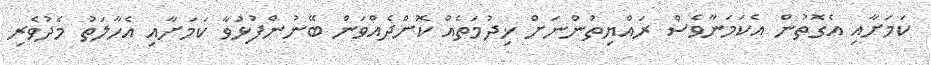
ކަމަށާއި އެގޮތުން އެކަމަނާވެސް ރައްޔިތުންނަށް ޚިދުމަތެއް ކޮށްދެއްވަން ބޭނުންފުޅުވާ ކަމަށާއި އެހާލަތު މެދުވެރި